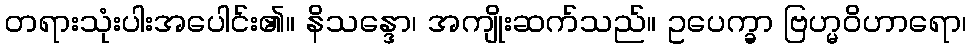
တရားသုံးပါးအပေါင်း၏။ နိသန္ဒော၊ အကျိုးဆက်သည်။ ဥပေက္ခာ ဗြဟ္မဝိဟာရော၊